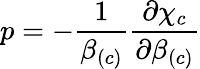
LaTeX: p=-\frac{1}{\beta_{\left(c\right)}}\frac{\partial\chi_{c}}{\partial\beta_{\left(c\right)}}